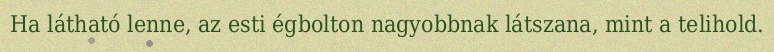
Ha látható lenne, az esti égbolton nagyobbnak látszana, mint a telihold.